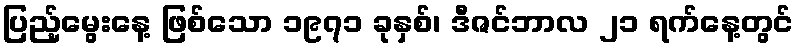
ပြည့်မွေးနေ့ ဖြစ်သော ၁၉၇၁ ခုနှစ်၊ ဒီဇင်ဘာလ ၂၁ ရက်နေ့တွင်